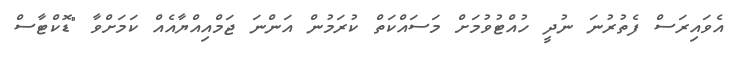
އެވައިރަސް ފެތުރުނަ ނުދީ ހުއްޓުވުމަށް މަސައްކަތް ކުރަމުން އަންނަ ޖަމްއިއްޔާއެއް ކަމަށްވާ "ޑޮކްޓާސް